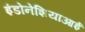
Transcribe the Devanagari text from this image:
इंडोनेशियाआई